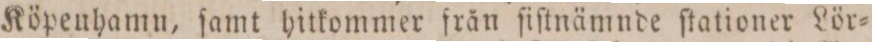
Köpeuhamn, ſamt hitkommer från ſiſtnämnde ſtationer Lör=